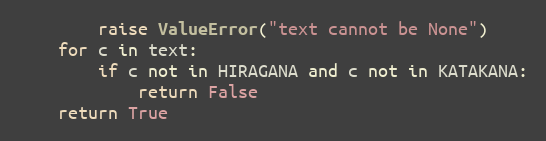
Language: Python
        raise ValueError("text cannot be None")
    for c in text:
        if c not in HIRAGANA and c not in KATAKANA:
            return False
    return True